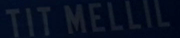
TIT MELLIL